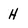
Character: H